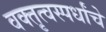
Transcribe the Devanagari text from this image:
वक्तृत्वस्पर्धांचे